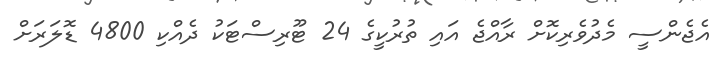
އެޖެންސީ މެދުވެރިކޮށް ރާއްޖެ އައި ތުރުކީގެ 24 ޓޫރިސްޓަކު ދެއްކި 4800 ޑޮލަރަށް